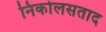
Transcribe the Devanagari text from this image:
निकोलसताद